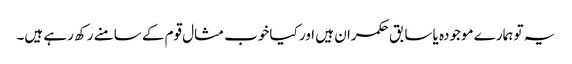
یہ تو ہمارے موجودہ یا سابق حکمران ہیں اور کیا خوب مثال قوم کے سامنے رکھ رہے ہیں۔